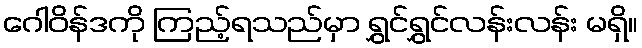
ဂေါဝိန်ဒကို ကြည့်ရသည်မှာ ရွှင်ရွှင်လန်းလန်း မရှိ။